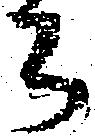
公